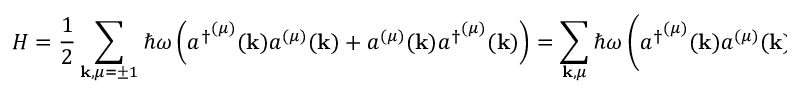
H = { \frac { 1 } { 2 } } \sum _ { \mathbf { k } , \mu = \pm 1 } \hbar \omega \left( { a ^ { \dagger } } ^ { ( \mu ) } ( \mathbf { k } ) a ^ { ( \mu ) } ( \mathbf { k } ) + a ^ { ( \mu ) } ( \mathbf { k } ) { a ^ { \dagger } } ^ { ( \mu ) } ( \mathbf { k } ) \right) = \sum _ { \mathbf { k } , \mu } \hbar \omega \left( { a ^ { \dagger } } ^ { ( \mu ) } ( \mathbf { k } ) a ^ { ( \mu ) } ( \mathbf { k } ) + { \frac { 1 } { 2 } } \right)